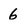
Character: 6